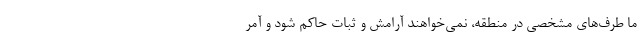
ما طرف‌های مشخصی در منطقه، نمی‌خواهند آرامش و ثبات حاکم شود و آمر